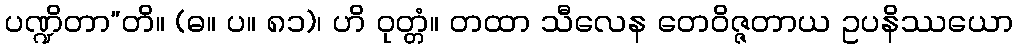
ပဏ္ဍိတာ”တိ။ (ဓ။ ပ။ ၈၁)၊ ဟိ ဝုတ္တံ။ တထာ သီလေန တေဝိဇ္ဇတာယ ဥပနိဿယော